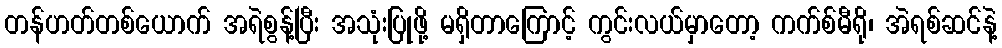
တန်ဟတ်တစ်ယောက် အရဲစွန့်ပြီး အသုံးပြုဖို့ မရှိတာကြောင့် ကွင်းလယ်မှာတော့ ကက်စ်မီရို၊ အဲရစ်ဆင်နဲ့